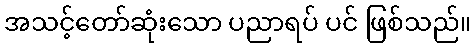
အသင့်တော်ဆုံးသော ပညာရပ် ပင် ဖြစ်သည်။